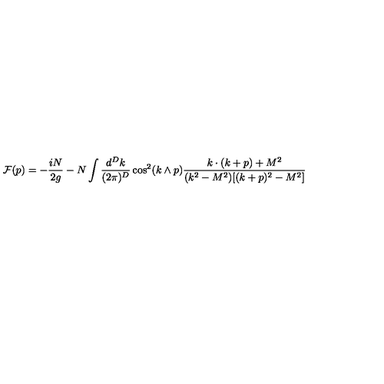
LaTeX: { \cal F } ( p ) = - \frac { i N } { 2 g } - N \int \frac { d ^ { D } k } { ( 2 \pi ) ^ { D } } \cos ^ { 2 } ( k \wedge p ) \frac { k \cdot ( k + p ) + M ^ { 2 } } { ( k ^ { 2 } - M ^ { 2 } ) [ ( k + p ) ^ { 2 } - M ^ { 2 } ] }